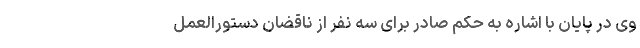
وی در پایان با اشاره به حکم صادر برای سه نفر از ناقضان دستورالعمل